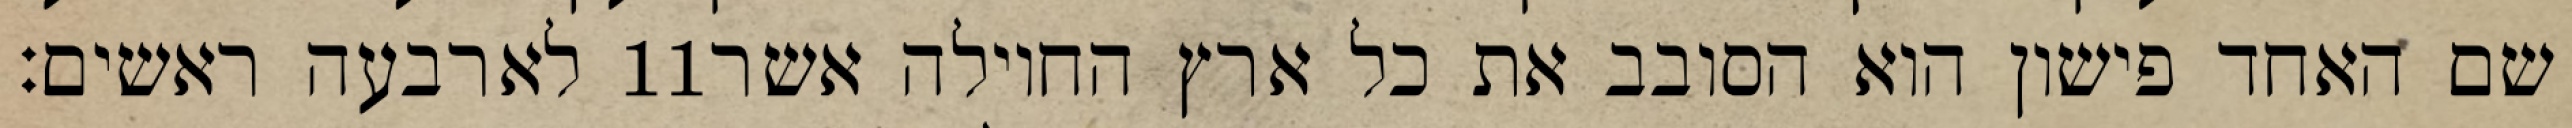
לארבעה ראשים׃ ‎11‏ שם האחד פישון הוא הסובב את כל ארץ החוילה אשר